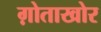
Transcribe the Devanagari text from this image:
ग़ोताखोर